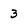
Character: 3